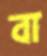
বা